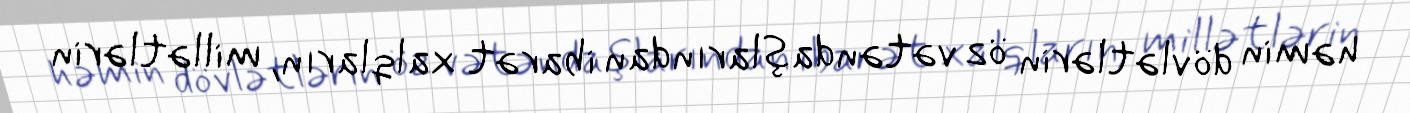
həmin dövlətlərin öz vətəndaşlarından ibarət xalqların, millətlərin